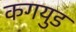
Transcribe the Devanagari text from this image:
कगयुड